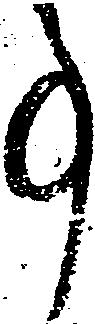
事